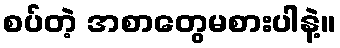
စပ်တဲ့ အစာတွေမစားပါနဲ့။